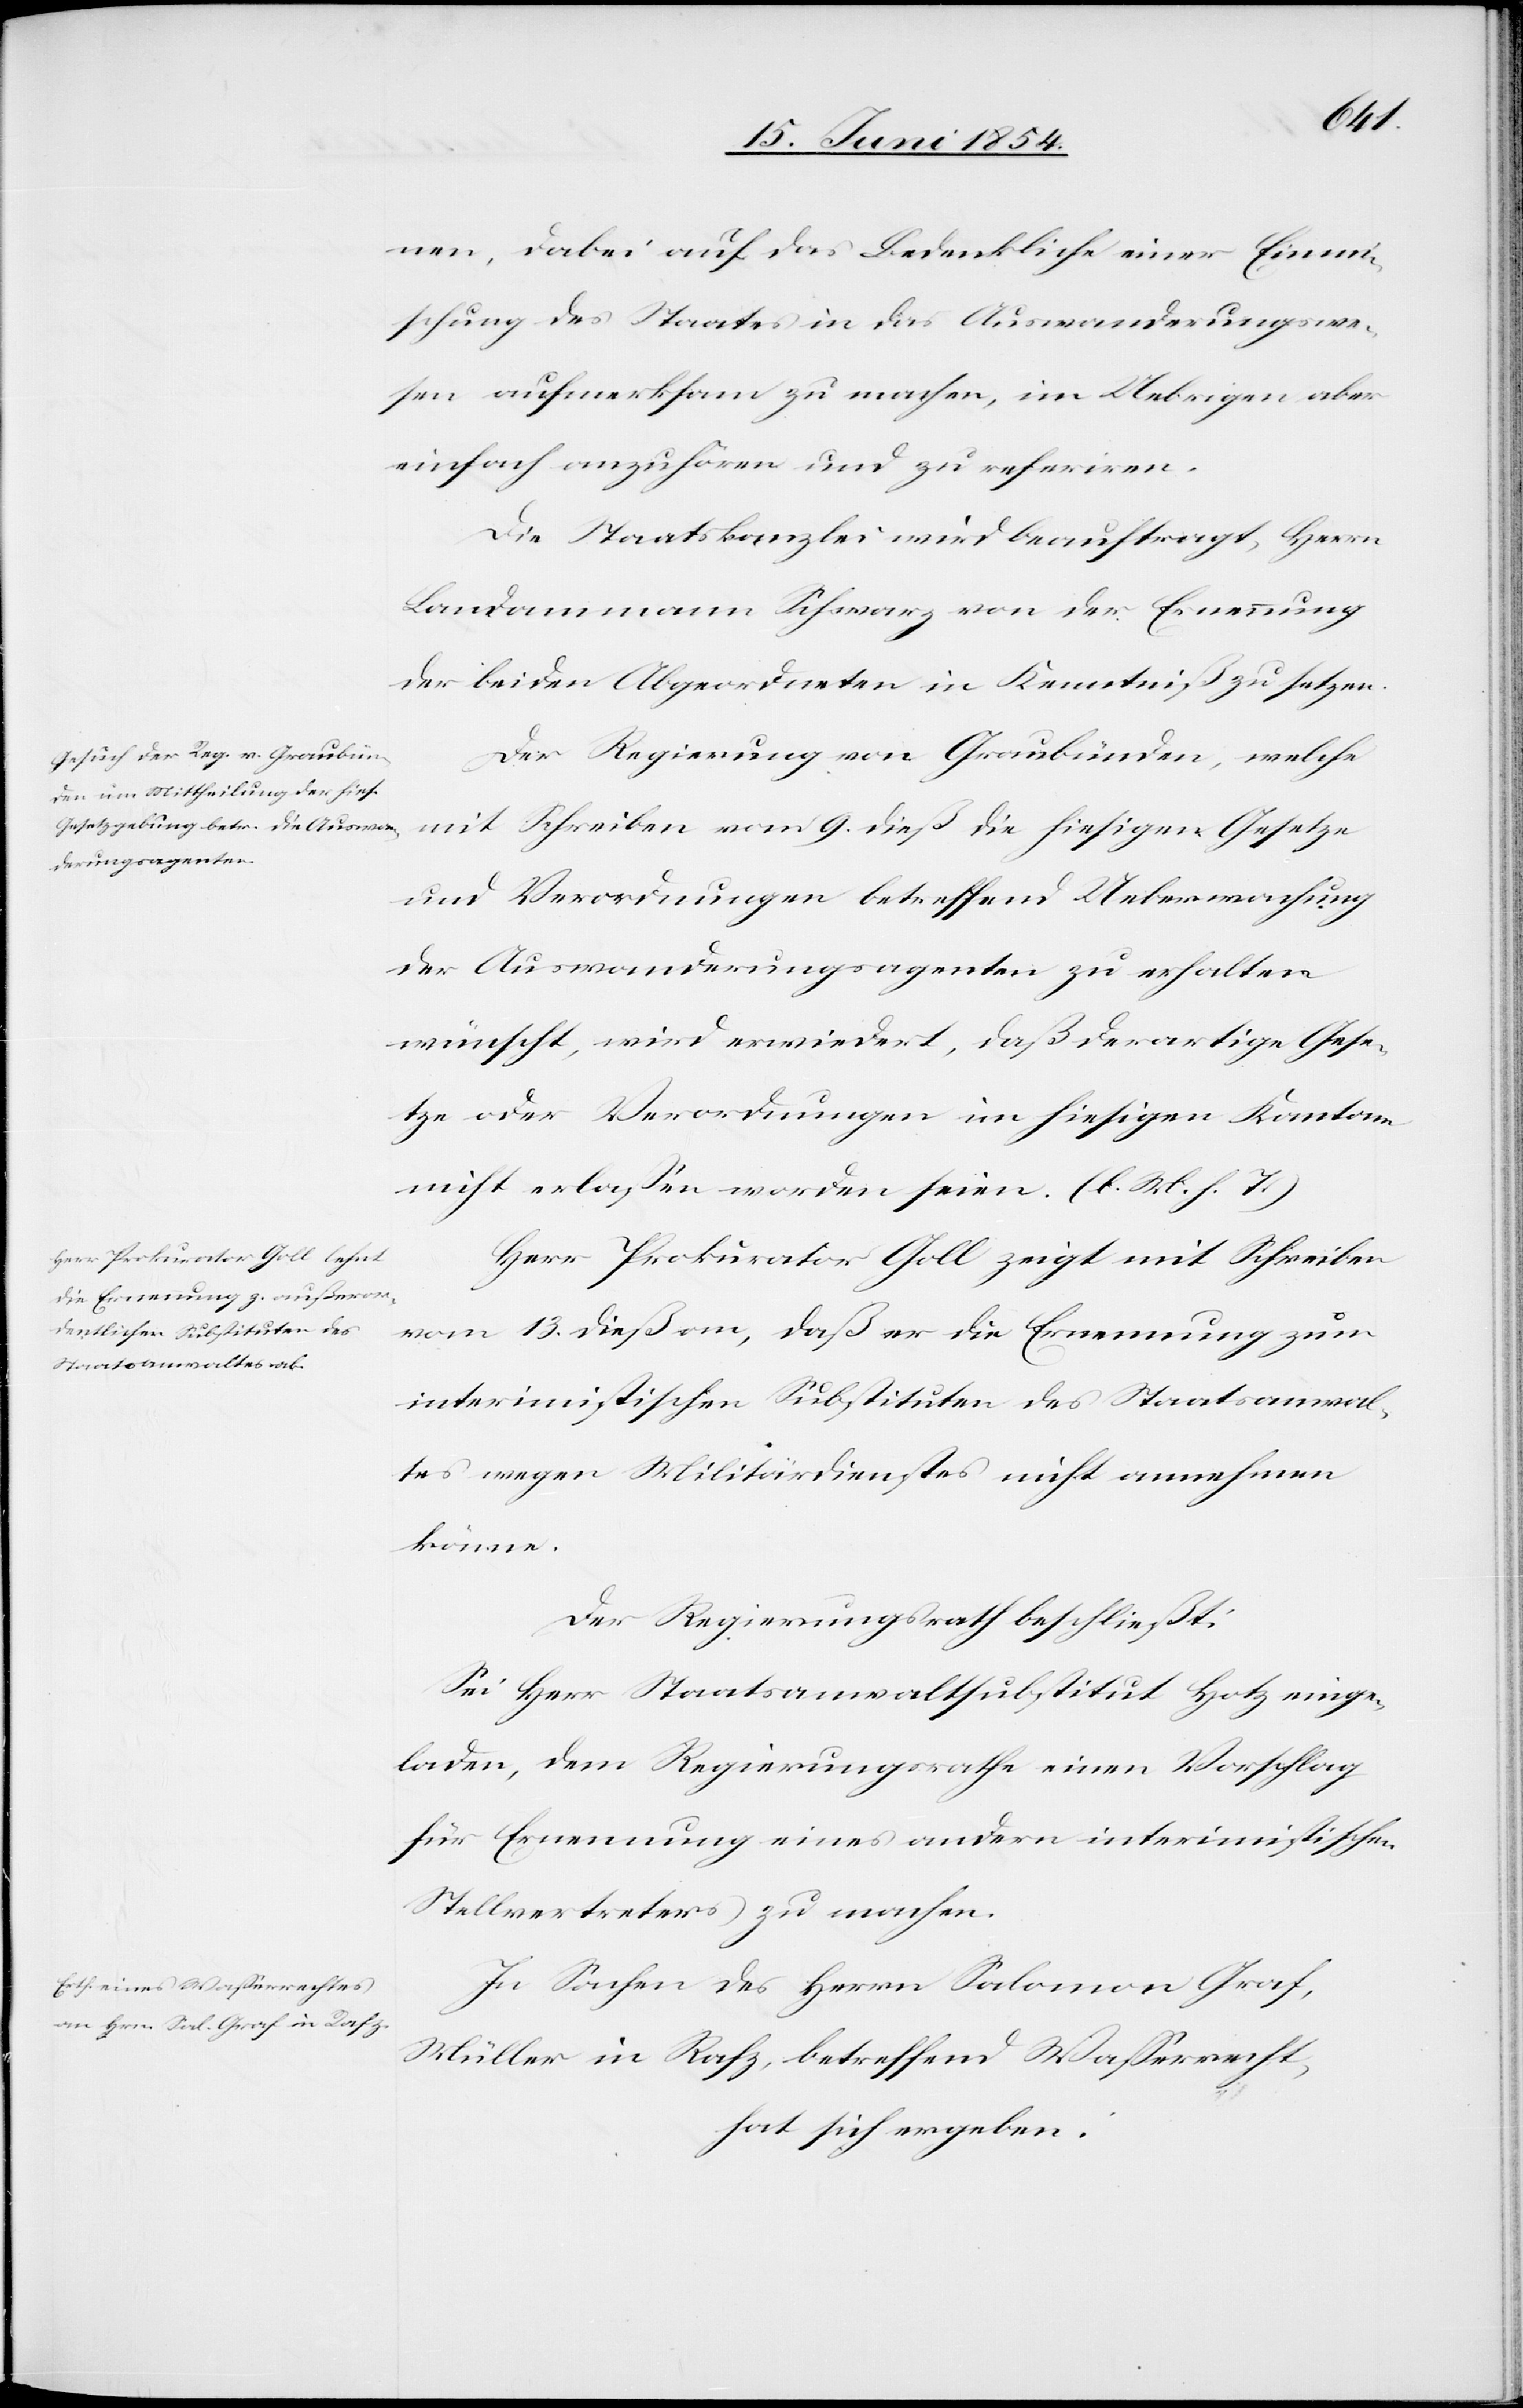
die
nen, dabei auf das Bedenkliche einer Einmi¬
schung des Staates in das Auswanderungswe¬
sen aufmerksam zu machen, im Uebrigen aber
einfach anzuhören und zu referiren.
Die Staatskanzlei wird beauftragt, Herrn
Landammann Schwarz von der Ernennung
der beiden Abgeordneten in Kenntniß zu setzen.
Der Regierung von Graubünden, welche
und Verordnungen betreffend Uebermachung
der Auswanderungsagenten zu erhalten
wünscht, wird erwiedert, daß derartige Gese¬
tze oder Verordnungen im hiesigen Kantone
nicht erlaßen worden seien. (l. M. h. T.)
Herr Prokurator Goll zeigt mit Schreiben
vom 13. dieß an, daß er die Ernennung zum
interimistischen Substituten des Staatsanwal¬
tes wegen Militärdienstes nicht annehmen
könne.
Der Regierungsrath beschließt:
Sei Herr Staatsanwaltsubstitut Holz einge¬
laden, dem Regierungsrathe einen Vorschlag
für Ernennung eines andern interimistischen
Stellvertreters zu machen.
In Sachen des Herrn Salomon Graf,
Müller in Rafz, betreffend Waßerrecht,
hat sich ergeben: